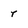
Character: r